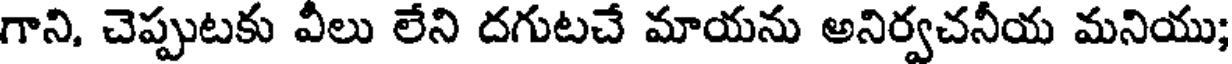
గాని, చెప్పుటకు వీలు లేని దగుటచే మాయను అనిర్వచనీయ మనియు;